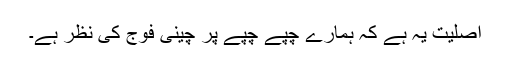
اصلیت یہ ہے کہ ہمارے چپے چپے پر چینی فوج کی نظر ہے۔